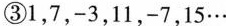
③1，7，-3，11，-7，15…